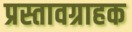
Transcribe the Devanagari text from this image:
प्रस्तावग्राहक